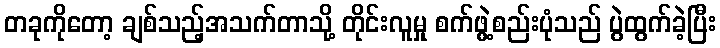
တခုကိုတော့ ချစ်သည့်အသက်တာသို့ တိုင်းလူမှု စက်ဖွဲ့စည်းပုံသည် ပွဲထွက်ခဲ့ပြီး